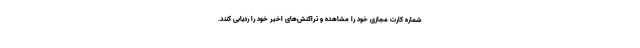
شماره کارت مجازی خود را مشاهده و تراکنش‌های اخیر خود را ردیابی کنند.